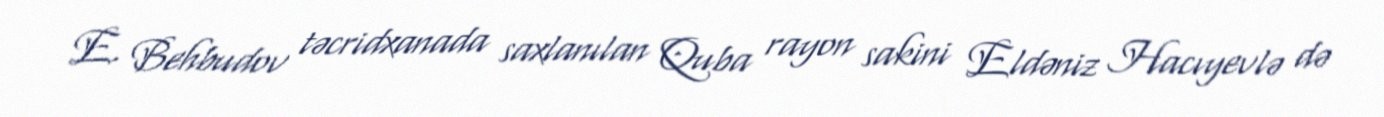
E. Behbudov təcridxanada saxlanılan Quba rayon sakini Eldəniz Hacıyevlə də